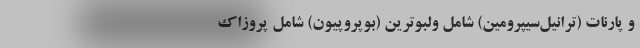
و پارنات (ترانیل‌سیپرومین) شامل ولبوترین (بوپروپیون) شامل پروزاک